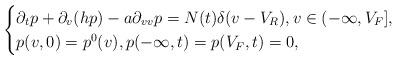
LaTeX: \begin{align*} \begin{cases} \partial_{t}p+\partial_{v}(hp)-a\partial_{v v}p=N(t)\delta(v-V_R),v\in(-\infty,V_F],\\ p(v,0)=p^0(v),p(-\infty,t)=p(V_F,t)=0,\\ \end{cases}\end{align*}